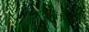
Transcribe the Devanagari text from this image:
सियबोंगा